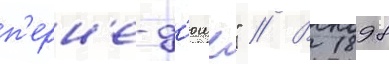
п'ерн'е-д'юше" // В 1898